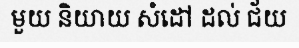
មួយ និយាយ សំដៅ ដល់ ជ័យ